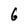
Character: 6